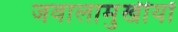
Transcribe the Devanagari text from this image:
जवालामुखीयों